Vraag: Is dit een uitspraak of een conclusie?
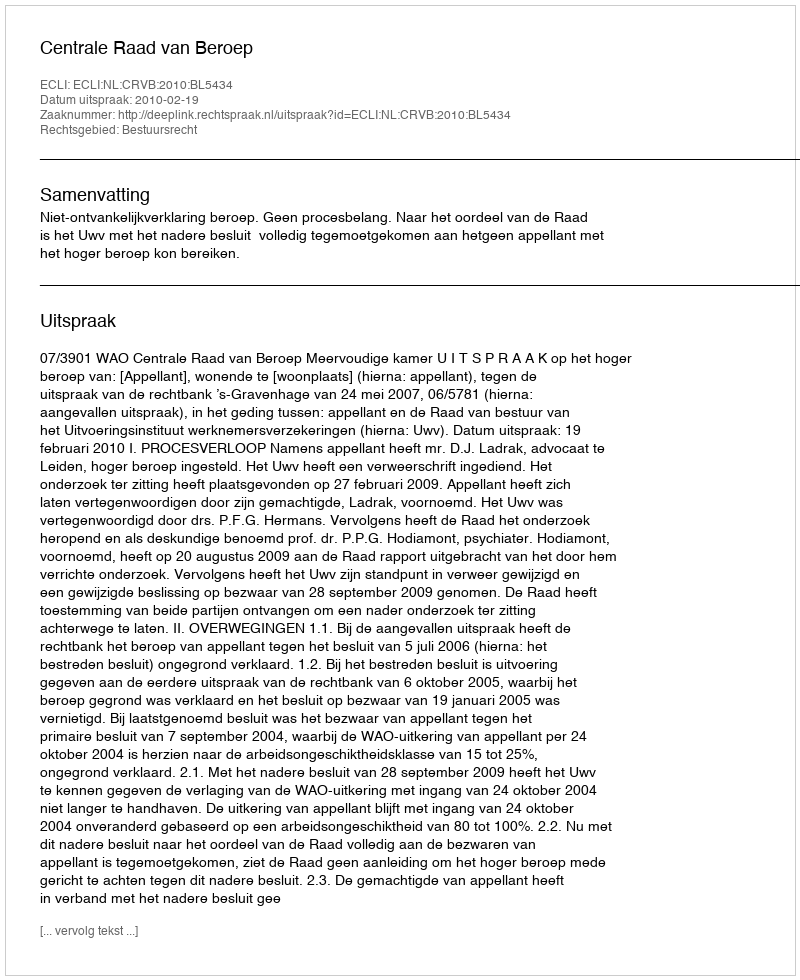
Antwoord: Uitspraak